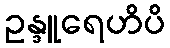
ဥန္ဒူရေဟိပိ